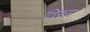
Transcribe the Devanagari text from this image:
विरूद्द